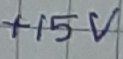
Text: +15V